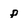
Character: p